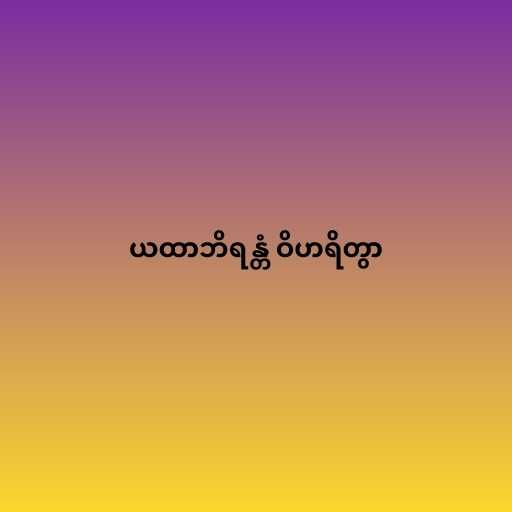
ယထာဘိရန္တံ ဝိဟရိတွာ